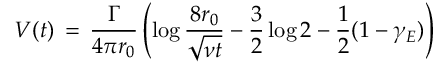
V ( t ) \, = \, \frac { \Gamma } { 4 \pi r _ { 0 } } \left( \log \frac { 8 r _ { 0 } } { \sqrt { \nu t } } - \frac 3 2 \log 2 - \frac 1 2 ( 1 - \gamma _ { E } ) \right)